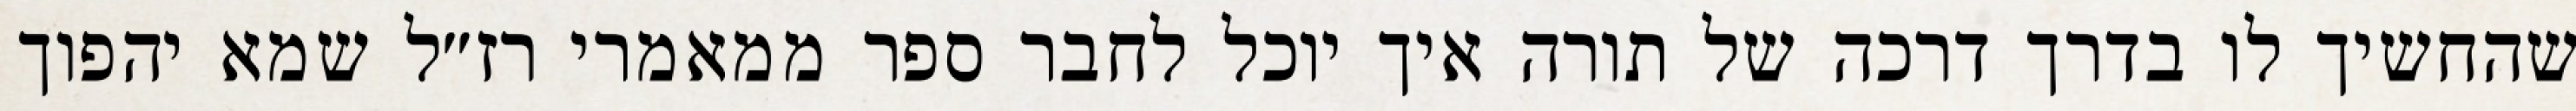
שהחשיך לו בדרך דרכה של תורה איך יוכל לחבר ספר ממאמרי רז״ל שמא יהפוך